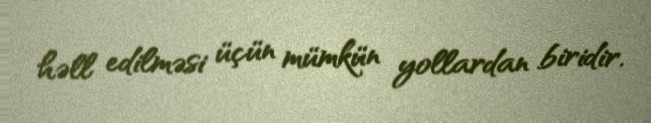
həll edilməsi üçün mümkün yollardan biridir.